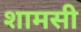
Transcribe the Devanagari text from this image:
शामसी